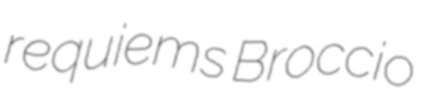
requiems Broccio